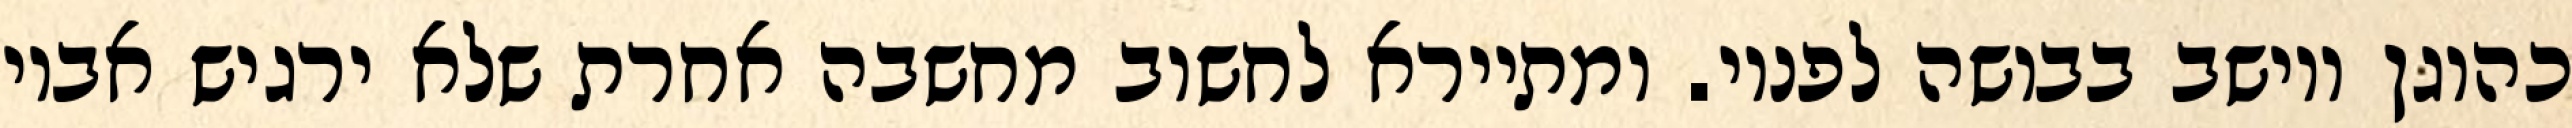
כהוגן ויושב בבושה לפניו. ומתיירא לחשוב מחשבה אחרת שלא ירגיש אביו